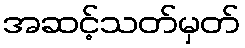
အဆင့်သတ်မှတ်